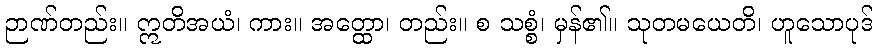
ဉာဏ်တည်း။ ဣတိအယံ၊ ကား။ အတ္ထော၊ တည်း။ စ သစ္စံ၊ မှန်၏။ သုတမယေတိ၊ ဟူသောပုဒ်